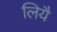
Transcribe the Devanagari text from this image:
लियै